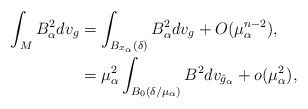
\begin{align*} \int_M B_\alpha^2 dv_g &= \int_{B_{x_\alpha}(\delta)} B_\alpha^2 dv_g + O(\mu_\alpha^{n-2}),\\&= \mu_\alpha^2\int_{B_0(\delta/\mu_\alpha)} B^2 dv_{\hat{g}_\alpha} +o(\mu_\alpha^2), \end{align*}